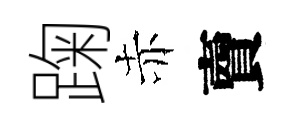
踘赤𧶠